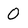
Character: O